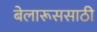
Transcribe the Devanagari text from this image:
बेलारूससाठी